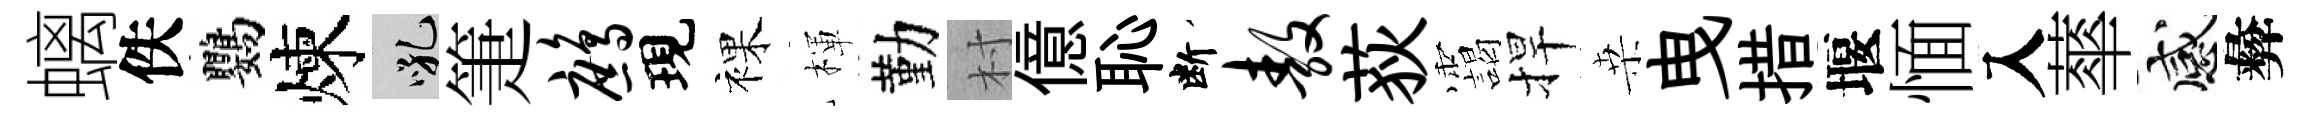
螭佚鸚煉吼箑鹧現裸楎勤村億恥断敖荻靄捍桒曳措堰愐入蕐感彜